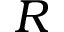
R